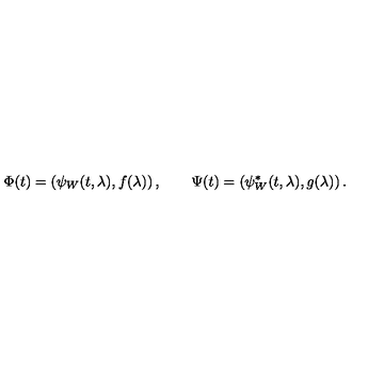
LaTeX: \Phi ( t ) = \left( \psi _ { W } ( t , \lambda ) , f ( \lambda ) \right) , \qquad \Psi ( t ) = \left( \psi _ { W } ^ { * } ( t , \lambda ) , g ( \lambda ) \right) .